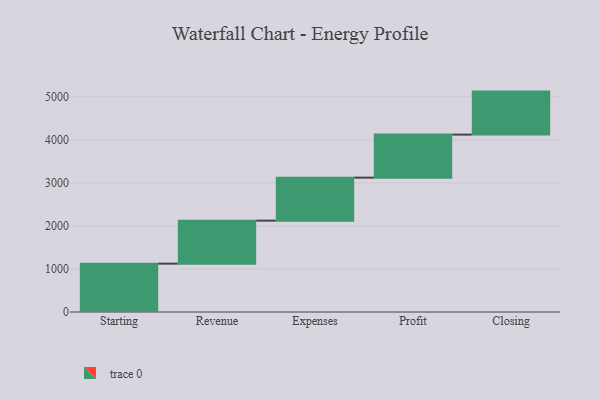
{"axis": {"x": "Step", "y": "Value"}, "legend": [""], "data": [{"x": "Starting", "y": 1124.0, "type": ""}, {"x": "Revenue", "y": 1000, "type": ""}, {"x": "Expenses", "y": 1000, "type": ""}, {"x": "Profit", "y": 1000, "type": ""}, {"x": "Closing", "y": 1000, "type": ""}]}